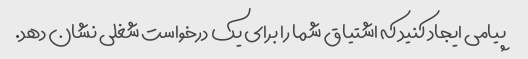
پیامی ایجاد کنید که اشتیاق شما را برای یک درخواست شغلی نشان دهد.